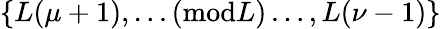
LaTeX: \{ L(\mu+1),\ldots(\textrm{mod}L)\ldots,L(\nu-1)\}